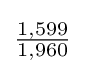
{\tfrac {1,599}{1,960}}